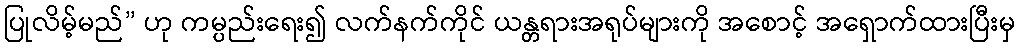
ပြုလိမ့်မည်” ဟု ကမ္ပည်းရေး၍ လက်နက်ကိုင် ယန္တရားအရုပ်များကို အစောင့် အရှောက်ထားပြီးမှ